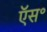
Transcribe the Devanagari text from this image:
ऍस॰